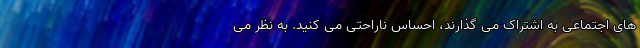
های اجتماعی به اشتراک می ‌گذارند، احساس ناراحتی می‌ کنید. به نظر می